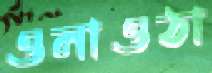
ওলাওঠা